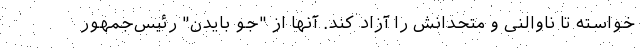
خواسته تا ناوالنی و متحدانش را آزاد کند. آنها از "جو بایدن" رئیس‌جمهور